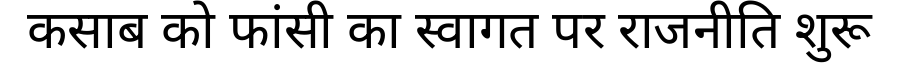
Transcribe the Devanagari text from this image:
कसाब को फांसी का स्वागत पर राजनीति शुरू